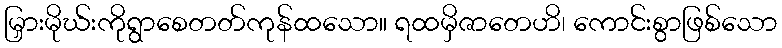
မြှားမိုဃ်းကိုရွာစေတတ်ကုန်ထသော။ ရထမှိဇာတေဟိ၊ ကောင်းစွာဖြစ်သော